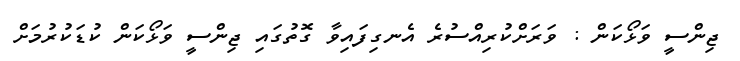
ޖިންސީ ވަޅޯކަން : ވަރަށްކުރިއްސުރެ އެނގިފައިވާ ގޮތުގައި ޖިންސީ ވަޅޯކަން ކުޑަކުރުމަށް